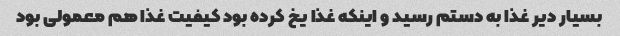
بسیار دیر غذا به دستم رسید و اینکه غذا یخ کرده بود کیفیت غذا هم معمولی بود